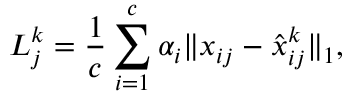
L _ { j } ^ { k } = \frac { 1 } { c } \sum _ { i = 1 } ^ { c } \alpha _ { i } \Vert x _ { i j } - \hat { x } _ { i j } ^ { k } \Vert _ { 1 } ,